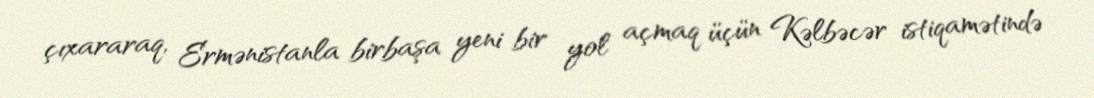
çıxararaq, Ermənistanla birbaşa yeni bir yol açmaq üçün Kəlbəcər istiqamətində